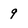
Character: 9